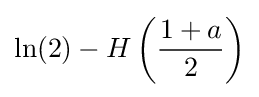
\ln(2)-H\left({\frac {1+a}{2}}\right)